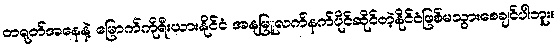
တရုတ်အနေနဲ့ မြောက်ကိုရီးယားနိုင်ငံ အနုမြူလက်နက်ပိုင်ဆိုင်တဲ့နိုင်ငံဖြစ်မသွားစေချင်ပါဘူး။